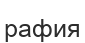
рафия